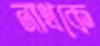
নাথকে